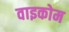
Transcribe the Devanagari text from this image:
वाइकोम